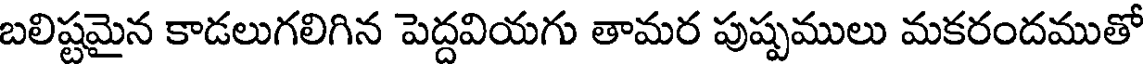
బలిష్టమైన కాడలుగలిగిన పెద్దవియగు తామర పుష్పములు మకరందముతో